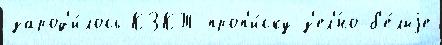
зарод'и́лось КЗКТ проп'и́ску з'ел'́но-б'е́лыjе